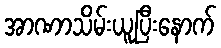
အာဏာသိမ်းယူပြီးနောက်